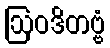
ဩဝဒိတဗ္ဗံ